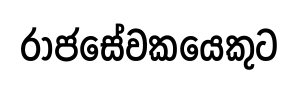
රාජසේවකයෙකුට